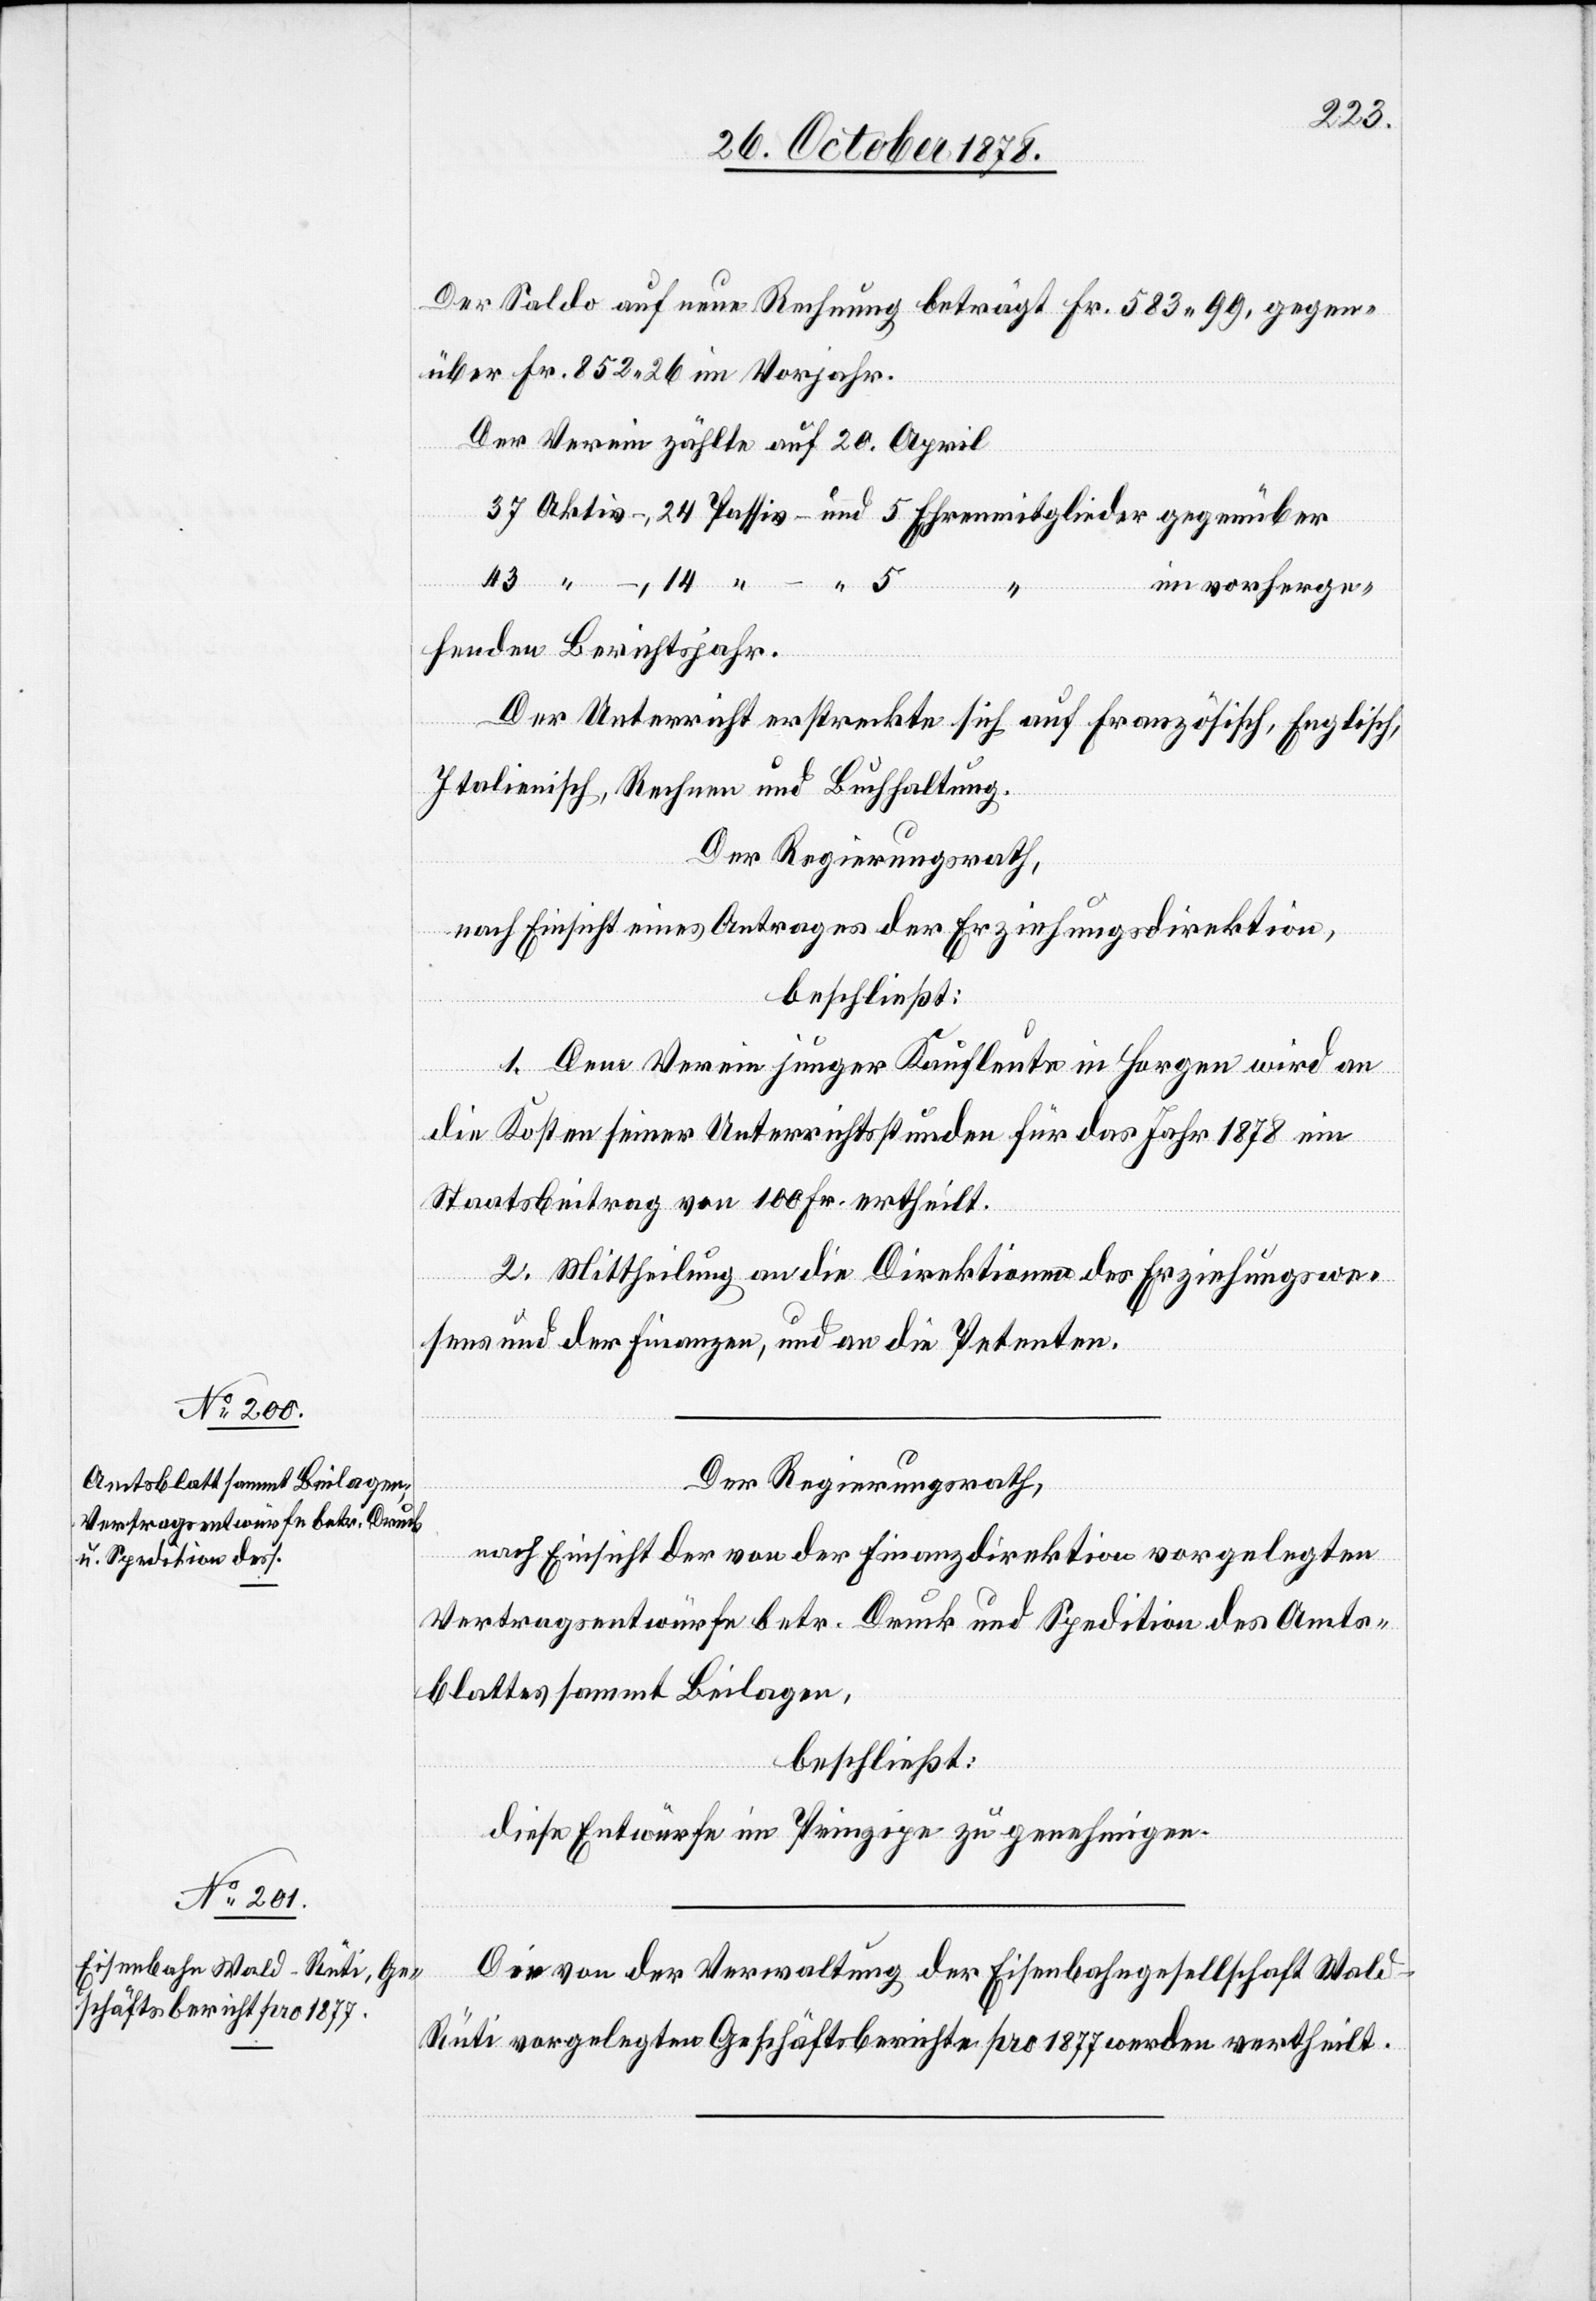
Der Saldo auf neue Rechnung beträgt Fr. 583 99, gegen¬
über Fr. 852 26 im Vorjahr.
Der Verein zählte auf 20. April
37 Aktiv-, 24 Passiv- und 5 Ehrenmitglieder gegenüber
43 “
im vorherge¬
henden Berichtsjahr.
Der Unterricht erstreckte sich auf Französisch, Englisch,
Italienisch, Rechnen und Buchhaltung.
Der Regierungsrath,
nach Einsicht eines Antrages der Erziehungsdirektion,
beschließt:
1. Dem Verein junger Kaufleute in Horgen wird an
die Kosten seiner Unterrichtsstunden für das Jahr 1878 ein
Staatsbeitrag von 100 Fr. ertheilt.
2. Mittheilung an die Direktionen des Erziehungswe¬
sens und der Finanzen, und an die Petenten.
Der Regierungsrath,
nach Einsicht der von der Finanzdirektion vorgelegten
Vertragsentwürfe betr. Druck und Spedition des Amts¬
blattes sammt Beilagen,
beschließt:
diese Entwürfe im Prinzipe zu genehmigen.
Die von der Verwaltung der Eisenbahngesellschaft Wal¬
d–Rüti vorgelegten Geschäftsberichte pro 1877 werden vertheilt.